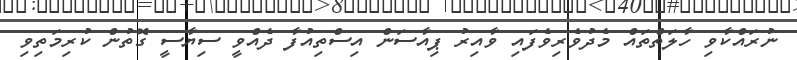
ނުރައްކާވި ހާލަތްތައް މެދުވެރިވެފައި ވާއިރު ޕިއާސަން އިސްތިއުފާ ދެއްވީ ސިޔާސީ ގޮތުން ކުރިމަތިވި